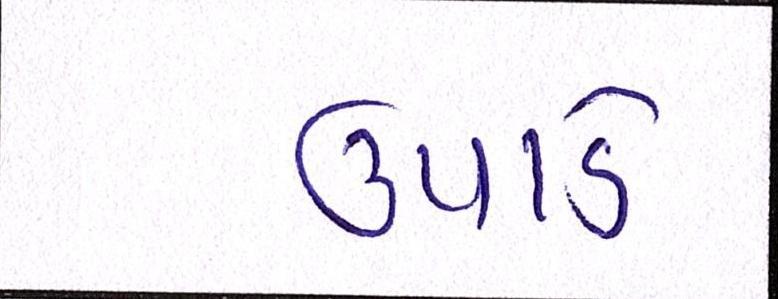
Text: ઉપાડે